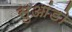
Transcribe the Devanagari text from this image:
सुआंडो